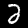
Label: 2